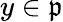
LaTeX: y\in{\mathfrak{p}}